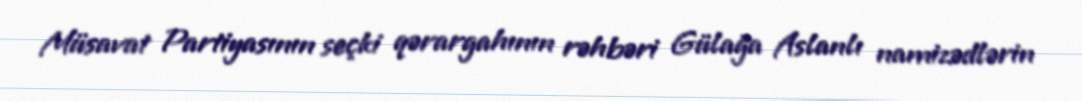
Müsavat Partiyasının seçki qərargahının rəhbəri Gülağa Aslanlı namizədlərin